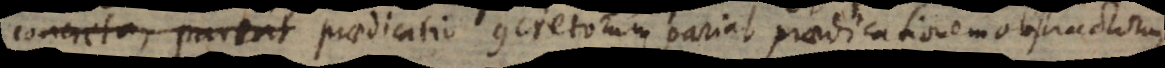
concreta, pariat praedicatio concretorum pariat praedicationem abstractorum